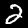
Label: 2